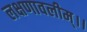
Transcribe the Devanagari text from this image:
लक्षणावलीम्।।